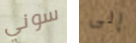
سوني إلى